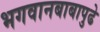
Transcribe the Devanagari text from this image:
भगवानबाबापुढे